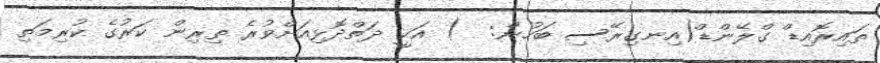
ތައިރޮއިޑް ގްލޭންޑް(އިނގިރޭސި ބަހުން:  ) އަކީ ދަތްދޮޅިއަށްވުރެ ތިރިން ކަރުގެ ކުރިމަތި